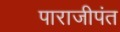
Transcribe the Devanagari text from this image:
पाराजीपंत